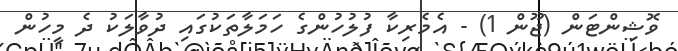
ވޮޝިންޓަން (ޖޫން 1) - އެމެރިކާ ފުލުހުންގެ ހަމަލާތަކުގައި ދުވާލަކު ދެ މީހުން